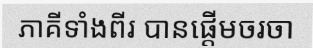
ភាគីទាំងពីរ បានផ្តើមចរចា